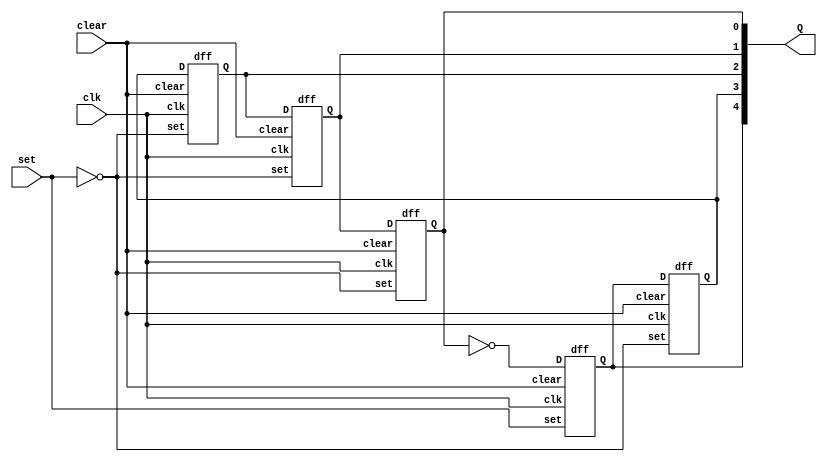
module johnc(clk,clear,set,Q);
	input set,clk,clear;
	output [4:0] Q;
	dff s0(~Q[0],clk,clear,set,Q[4]);
	dff s1(Q[4],clk,clear,~set,Q[3]);
	dff s2(Q[3],clk,clear,~set,Q[2]);
	dff s3(Q[2],clk,clear,~set,Q[1]);
	dff s4(Q[1],clk,clear,~set,Q[0]);
endmodule

module dff(D,clk,clear,set,Q);
	input D,clk,set,clear;
	output reg Q;
	always @(posedge clk)
	begin
	if(!clear && set)
		Q <= 1;
	else if(!clear)
		Q <= 0;
	else
		Q <= D;
	end
endmodule

/*module twotofour(a,En,f);	
	input [1:0] a;
	input En;
	output reg [3:0] f;
	always@(a,En)
	begin
		case(a)
		0:4'd1;
		1:4'd2;
		2:4'd3;
		3:4'd4;
		default:4'd0;
		endcase
	end
endmodule
*/